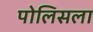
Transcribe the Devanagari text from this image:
पोलिसला